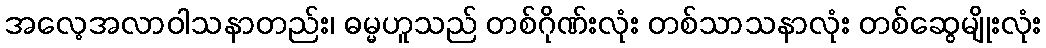
အလေ့အလာဝါသနာတည်း၊ ဓမ္မဟူသည် တစ်ဂိုဏ်းလုံး တစ်သာသနာလုံး တစ်ဆွေမျိုးလုံး